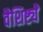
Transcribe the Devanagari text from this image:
वैशिष्ट्येेे